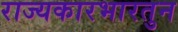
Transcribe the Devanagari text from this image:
राज्यकारभारतुन